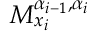
M _ { x _ { i } } ^ { \alpha _ { i - 1 } , \alpha _ { i } }